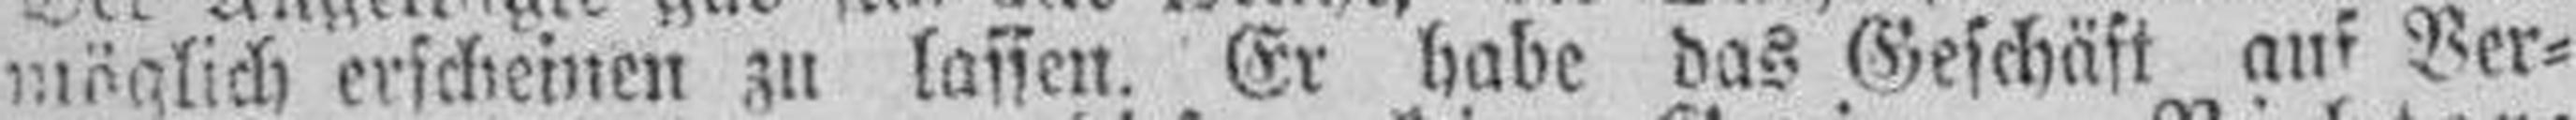
möglich erscheinen zu lassen. Er habe das Geschäft auf Ver¬